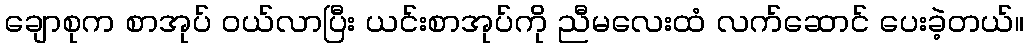
ချောစုက စာအုပ် ဝယ်လာပြီး ယင်းစာအုပ်ကို ညီမလေးထံ လက်ဆောင် ပေးခဲ့တယ်။